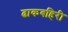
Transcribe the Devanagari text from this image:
ढाकबहिरी